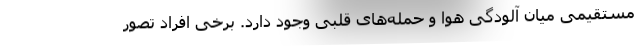
مستقیمی میان آلودگی هوا و حمله‌های قلبی وجود دارد. برخی افراد تصور